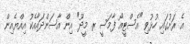
އެ ރަށުގައި ހުޅުވި "އެސްޓީއޯ ފާމަސީ ރ. މީދޫ" އިން އާސަންދައާއެކު އިއްޔެއިން